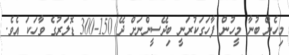
މިހެން ބުނާ މީހުން ފާހަގަކުރަނީ ބިދޭސީންނަށް ދޭ 150-300 ޑޮލަރުގެ ވާހަކަ އެވެ.